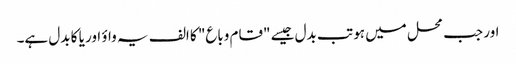
اور جب محل میں ہو تب بدل جیسے "قام وباع" کا الف یہ واؤ اور یا کا بدل ہے۔